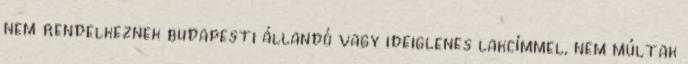
nem rendelkeznek budapesti állandó vagy ideiglenes lakcímmel, nem múltak